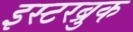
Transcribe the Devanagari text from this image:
इस्टरब्रुक